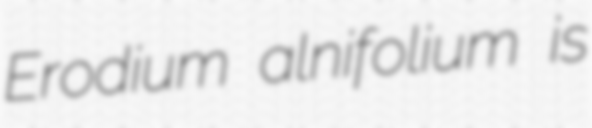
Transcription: Erodium alnifolium is